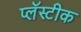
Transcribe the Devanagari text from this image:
प्लॅस्टीक